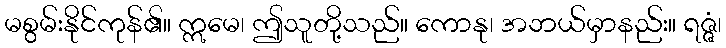
မစွမ်းနိုင်ကုန်၏။ ဣမေ၊ ဤသူတို့သည်။ ကောနု၊ အဘယ်မှာနည်း။ ရဇ္ဇံ၊